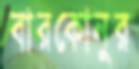
বারকোনুর